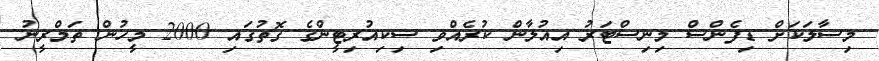
މިސާލަކަށް ޑިފެންސް މިނިސްޓަރު އިއުލާން ކުރެއްވި ސިކިއުރިޓީންގެ ގޮތުގައި 2000 މީހުން ތަމްރީނު